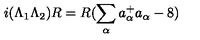
i ( \Lambda _ { 1 } \Lambda _ { 2 } ) R = R ( \sum _ { \alpha } a _ { \alpha } ^ { + } a _ { \alpha } - 8 )